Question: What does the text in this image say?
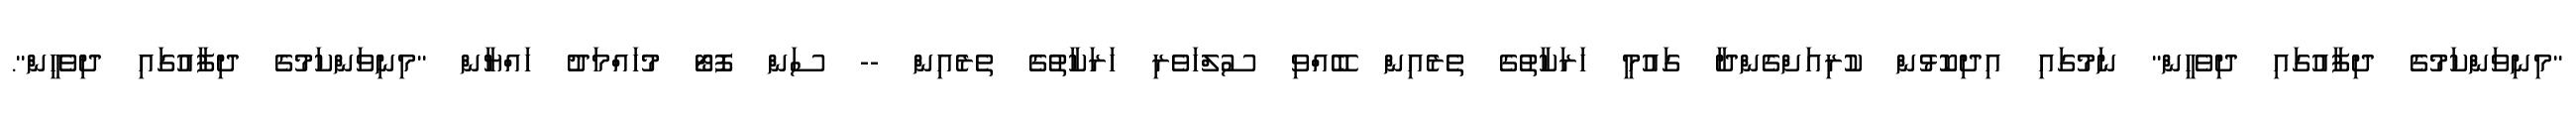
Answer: "މިނިވަންކަމުގެ ދިފާއުގައި ދިވެހީން" ނަމުގައި އިދިކޮޅުން ކުރިއަށްގެންދާ ގައުމީ ހަރަކާތުގެ ތެރެއިން ބޭއްވި ސުލްހަވެރި ހަރަކާތުގެ ތެރެއިން -- ސަން ފޮޓޯ މުހައްމަދު ހައްޔާން "މިނިވަންކަމުގެ ދިފާއުގައި ދިވެހީން".